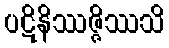
ပဋိနိဿဇ္ဇိဿသိ